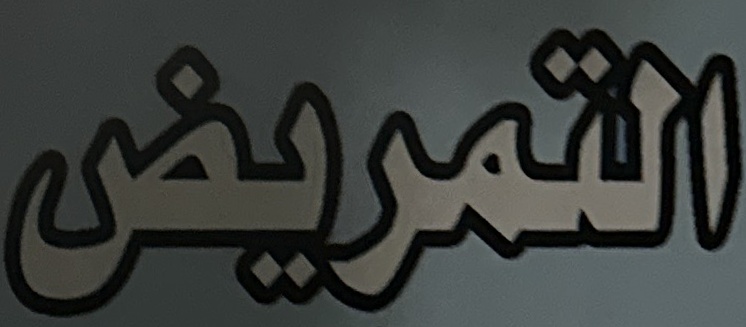
التمريض